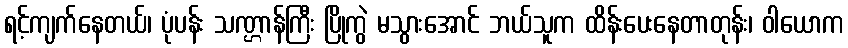
ရင့်ကျက်နေတယ်၊ ပုံပန်း သဏ္ဌာန်ကြီး ပြိုကွဲ မသွားအောင် ဘယ်သူက ထိန်းပေးနေတာတုန်း၊ ဝါယောက